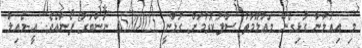
މި އިޢުލާނާ ގުޅިގެން މަޢުލޫމާތު ސާފުކުރުމަށް ގުޅާނީ 6580025 ނަންބަރު ފޯނާއެވެ. އީ-މެއިލް